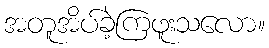
အတူအိပ်ခဲ့ကြဖူးသလော။